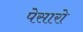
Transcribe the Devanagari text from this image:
पेसारो